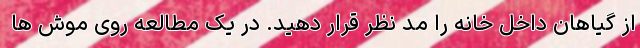
از گیاهان داخل خانه را مد نظر قرار دهید. در یک مطالعه روی موش ها